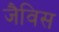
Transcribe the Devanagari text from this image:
जैविस